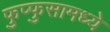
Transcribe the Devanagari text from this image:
फुप्फुसामध्ये